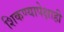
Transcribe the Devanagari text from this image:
शिकण्यापेक्षाही